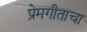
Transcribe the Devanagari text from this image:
प्रेमगीताचा